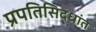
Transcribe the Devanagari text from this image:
प्रपतिसिद्धांत